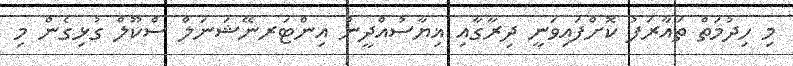
މި ހިދުމަތް ތައާރަފު ކޮށްފައިވަނީ ދިރާގާއި ޣިޔާސުއްދީން އިންޓަރނޭޝަނަލް ސްކޫލް ގުޅިގެން މި